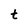
Character: t